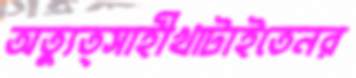
অত্যুত্সাহীখাটাইতেনর